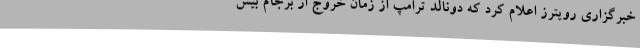
خبرگزاری رویترز اعلام کرد که دونالد ترامپ از زمان خروج از برجام بیش